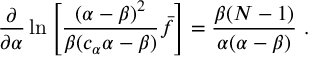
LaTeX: \frac { \partial } { \partial \alpha } \ln \left[ \frac { ( \alpha - \beta ) ^ { 2 } } { \beta ( c _ { \alpha } \alpha - \beta ) } \bar { f } \right] = \frac { \beta ( N - 1 ) } { \alpha ( \alpha - \beta ) } \ .